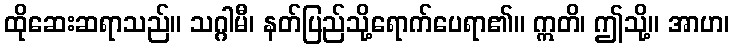
ထိုဆေးဆရာသည်။ သဂ္ဂါမီ၊ နတ်ပြည်သို့ရောက်ပေရာ၏။ ဣတိ၊ ဤသို့။ အာဟ၊